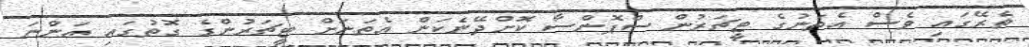
ތެރޭގައި ވެސް އެތަނުގެ ޓީޗަރުން ސްޕޮންސާ ކޮށްދޭނެކަން އެތަނަށް ޓީޗަރުންގެ ގޮތުގައި އަންނަ